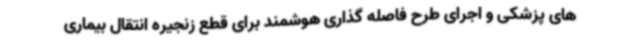
های پزشکی و اجرای طرح فاصله گذاری هوشمند برای قطع زنجیره انتقال بیماری